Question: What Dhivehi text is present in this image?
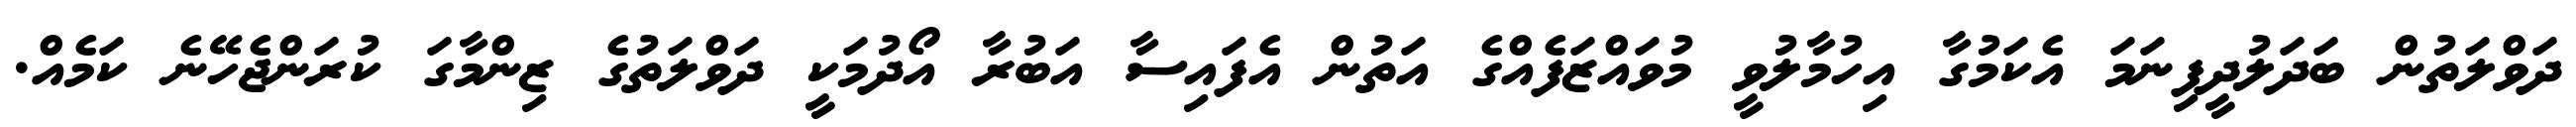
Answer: ދަވްލަތުން ބަދަލުދީފިނަމަ އެކަމުގާ އިހުމާލުވީ މުވައްޒަފެއްގެ އަތުން އެފައިސާ އަބުރާ އޯދުމަކީ ދަވްލަތުގެ ޒިންމާގަ ކުރަންޖެހޭނެ ކަމެއް.